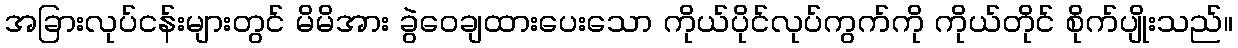
အခြားလုပ်ငန်းများတွင် မိမိအား ခွဲဝေချထားပေးသော ကိုယ်ပိုင်လုပ်ကွက်ကို ကိုယ်တိုင် စိုက်ပျိုးသည်။